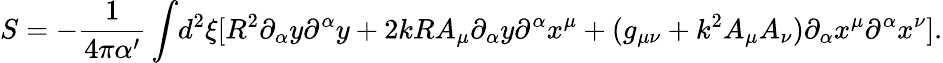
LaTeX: S=-\frac{1}{4\pi\alpha^{\prime}}\int\! {{d^{2}}\xi}[{R^{2}}{\partial_{\alpha}}{y}{\partial^{\alpha}}{y}+2kR{A_{\mu}}{\partial_{\alpha}}{y}{\partial^{\alpha}}{x^{\mu}}+(g_{\mu\nu}+{k^{2}}{A_{\mu}}{A_{\nu}}){\partial_{\alpha}}{x^{\mu}}{\partial^{\alpha}}{x^{\nu}}].